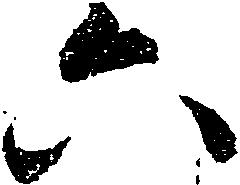
六